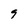
Character: 9